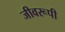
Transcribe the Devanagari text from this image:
जीवरूपी